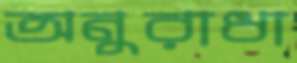
অনুরাধা